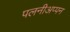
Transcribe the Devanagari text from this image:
पलनीअप्पन